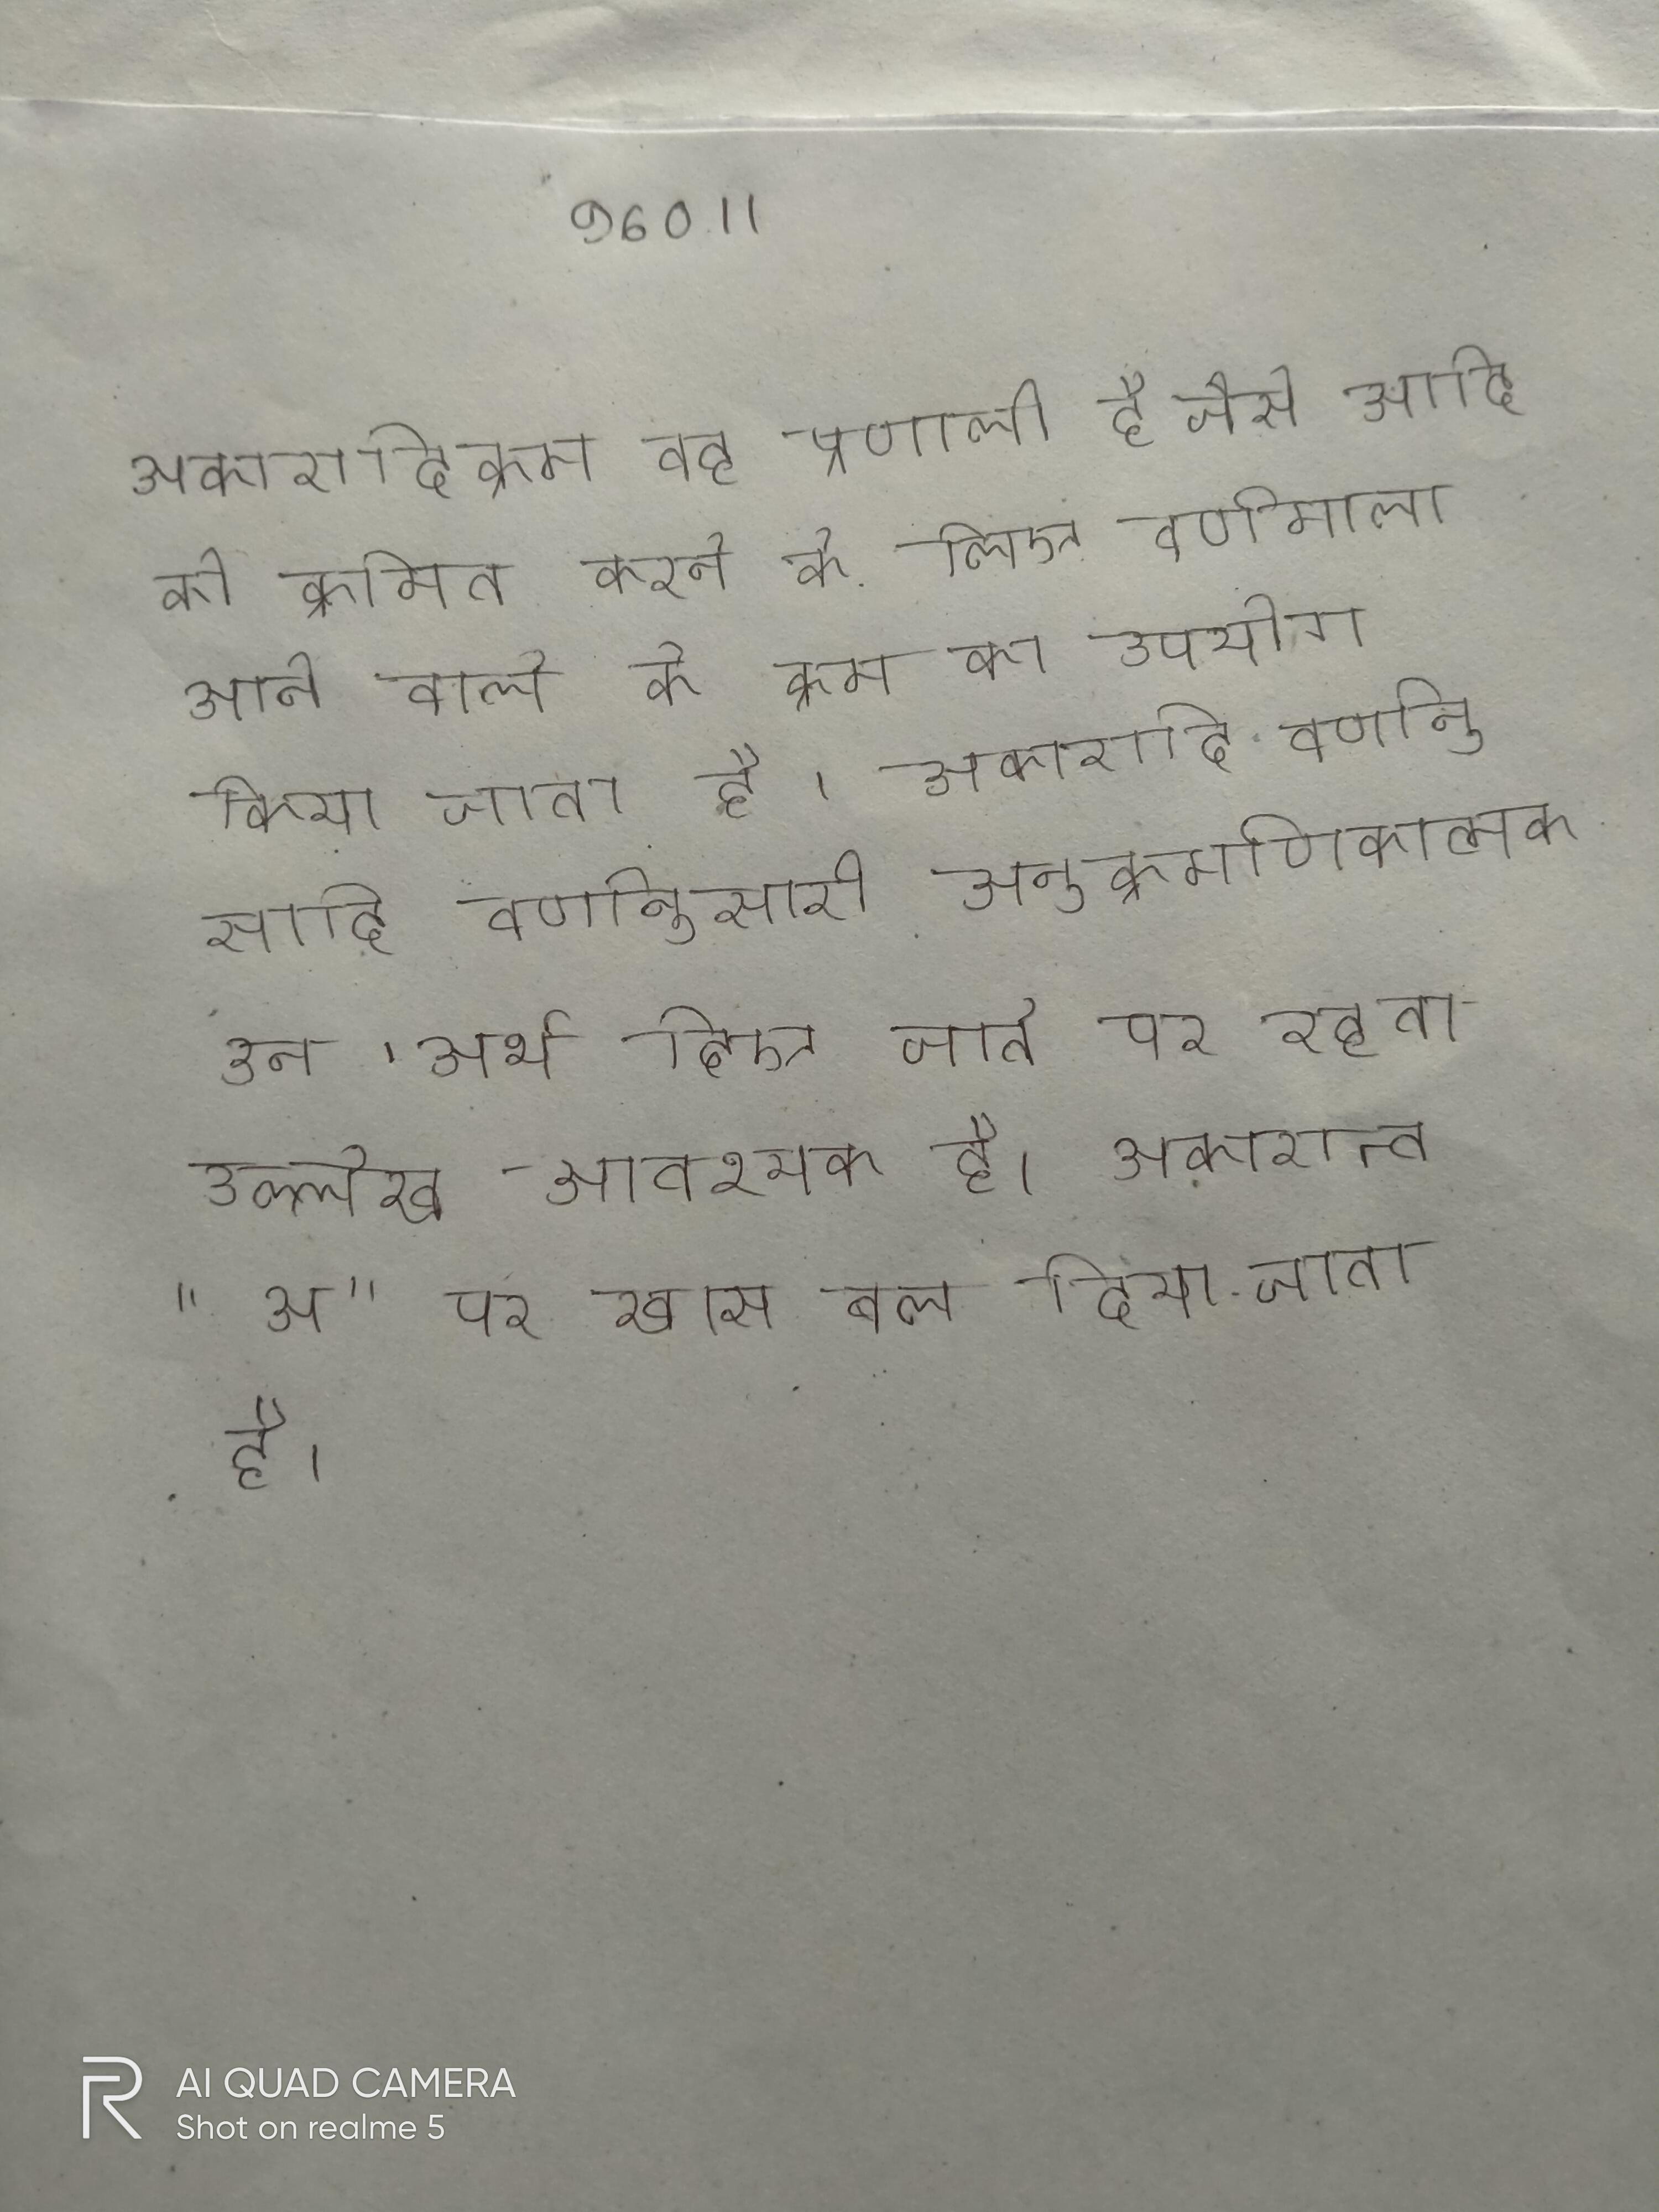
अकारादिक्रम वह प्रणाली है जैसे आदि को क्रमित करने के लिए वर्णमाला आने वाले के क्रम का उपयोग किया जाता है । अकारादि वर्णानुसारी अनुक्रमणिकात्मक उन अर्थ दिए जाते पर रहता उल्लेख आवश्यक है । अकारान्त "अ" पर खास बल दिया जाता है ।